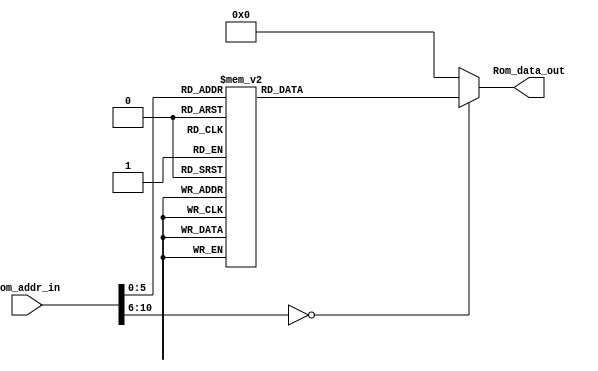
module Program_Rom(Rom_data_out, Rom_addr_in);

//---------
    output [13:0] Rom_data_out;
    input [10:0] Rom_addr_in; 
//---------
    
    reg   [13:0] data;
    wire  [13:0] Rom_data_out;
    
    always @(Rom_addr_in)
        begin
            case (Rom_addr_in)
                10'h0 : data = 14'h01A5;
                10'h1 : data = 14'h01A4;
                10'h2 : data = 14'h01A7;
                10'h3 : data = 14'h3007;
                10'h4 : data = 14'h00A5;
                10'h5 : data = 14'h301D;
                10'h6 : data = 14'h00A4;
                10'h7 : data = 14'h0825;
                10'h8 : data = 14'h00A9;
                10'h9 : data = 14'h0824;
                10'ha : data = 14'h00AA;
                10'hb : data = 14'h201A;
                10'hc : data = 14'h0828;
                10'hd : data = 14'h00A7;
                10'he : data = 14'h0824;
                10'hf : data = 14'h00A5;
                10'h10 : data = 14'h0827;
                10'h11 : data = 14'h00A4;
                10'h12 : data = 14'h0824;
                10'h13 : data = 14'h00A7;
                10'h14 : data = 14'h03A7;
                10'h15 : data = 14'h1FA7;
                10'h16 : data = 14'h2807;
                10'h17 : data = 14'h0825;
                10'h18 : data = 14'h008D;
                10'h19 : data = 14'h2819;
                10'h1a : data = 14'h01AC;
                10'h1b : data = 14'h082A;
                10'h1c : data = 14'h02A9;
                10'h1d : data = 14'h0AAC;
                10'h1e : data = 14'h1FA9;
                10'h1f : data = 14'h33FA;
                10'h20 : data = 14'h03AC;
                10'h21 : data = 14'h01AB;
                10'h22 : data = 14'h0829;
                10'h23 : data = 14'h02AB;
                10'h24 : data = 14'h082B;
                10'h25 : data = 14'h022A;
                10'h26 : data = 14'h00A8;
                10'h27 : data = 14'h0008;
                default: data = 14'h0;   
            endcase
        end

     assign Rom_data_out = data;

endmodule